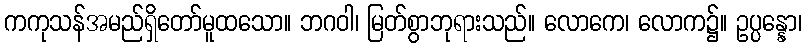
ကကုသန်အမည်ရှိတော်မူထသော။ ဘဂဝါ၊ မြတ်စွာဘုရားသည်။ လောကေ၊ လောက၌။ ဥပ္ပန္နော၊